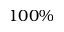
1 0 0 \%